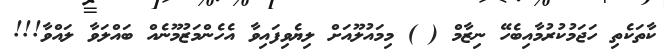
ކާތަކެތި ހަޖަމުކުރުމާއިބެހޭ ނިޒާމް ( ) މިމައުލޫއަށް ލިޔެވިފައިވާ އެހެންމަޒުމޫނެއް ބައްލަވާ ލައްވާ!!!